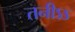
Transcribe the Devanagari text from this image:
तनीऽऽ